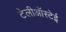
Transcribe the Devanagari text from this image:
टेलीऑस्टेई